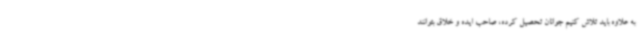
به علاوه باید تلاش کنیم جوانان تحصیل کرده، صاحب ایده و خلاق بتوانند